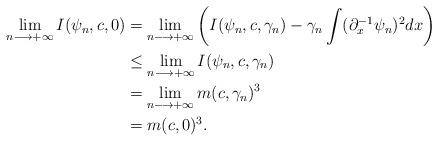
LaTeX: \begin{align*}\lim_{n\longrightarrow +\infty} I(\psi_n,c,0) &= \lim_{n\longrightarrow +\infty}\left( I(\psi_n,c,\gamma_n) -\gamma_n\int(\partial_x^{-1}\psi_n)^2dx\right)\\&\leq \lim_{n\longrightarrow +\infty} I(\psi_n,c,\gamma_n)\\&=\lim_{n\longrightarrow +\infty} m(c,\gamma_n)^3\\&=m(c,0)^3.\end{align*}